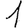
Digit: 1